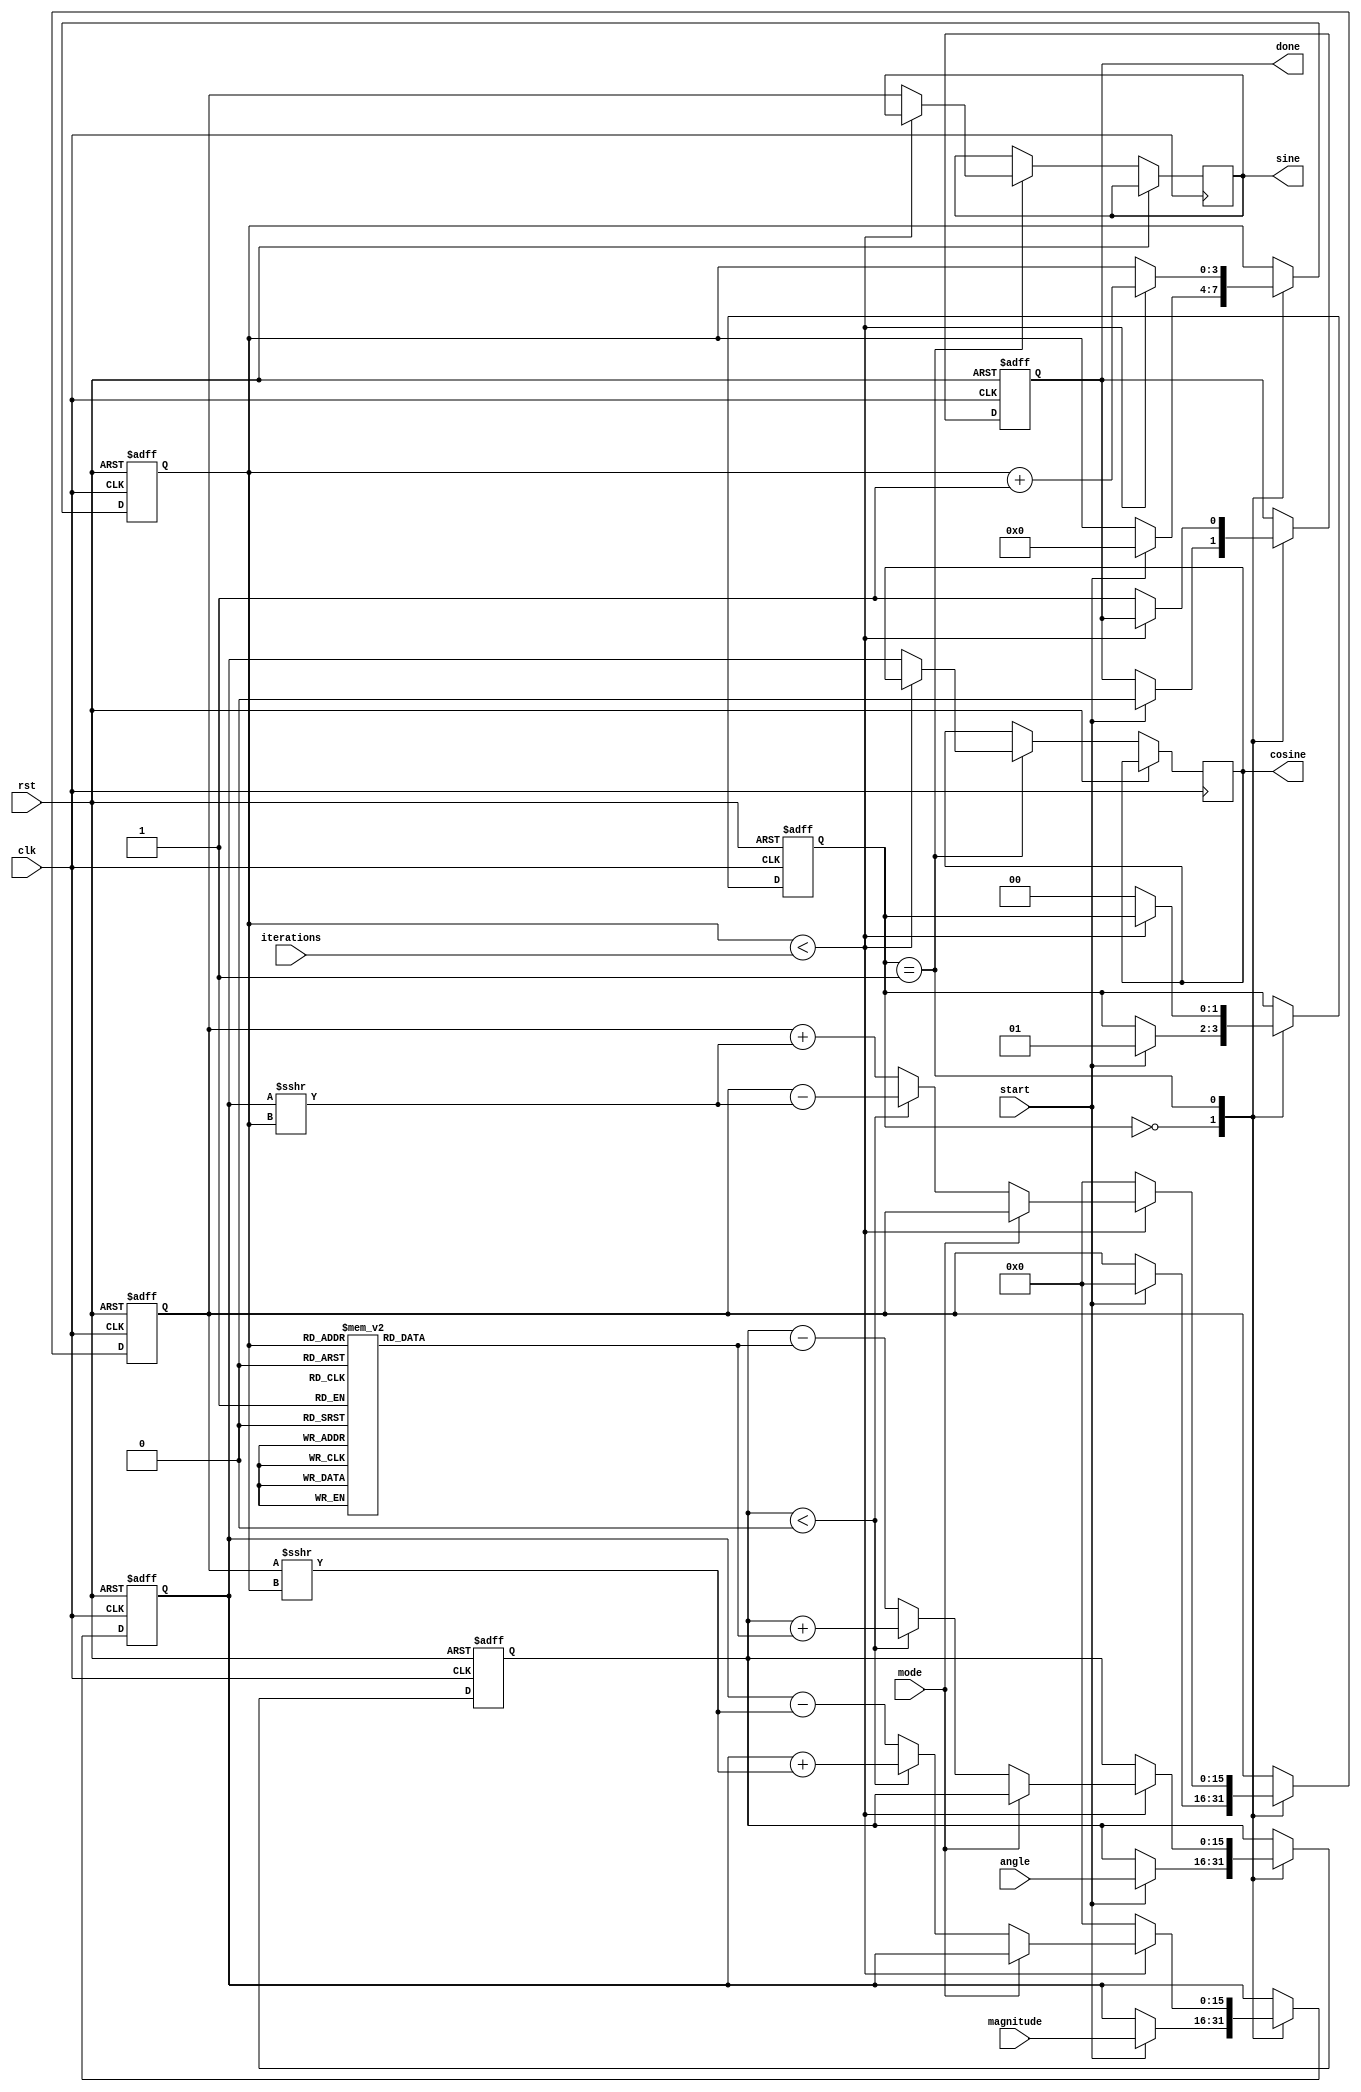
module adaptive_cordic (
    input wire clk,
    input wire rst,
    input wire [15:0] angle,          // Input angle in radians (fixed-point representation)
    input wire [15:0] magnitude,       // Input magnitude (fixed-point representation)
    input wire start,                  // Start signal for computation
    input wire [3:0] iterations,       // Number of iterations (for adaptive precision)
    input wire mode,                   // Mode: 0 for rotation, 1 for vectoring
    output reg [15:0] sine,            // Output sine value
    output reg [15:0] cosine,          // Output cosine value
    output reg done                    // Done signal
);

    reg [15:0] x, y, z;                // Variables for CORDIC computations
    reg [3:0] count;                   // Iteration counter
    reg [15:0] arctan [0:15];          // Pre-calculated arctangent values for CORDIC
    reg [15:0] scaling_factor;         // Scaling factor
    reg [1:0] state;                   // State for the finite state machine

    // Initialize arctangent values (in fixed-point)
    initial begin
        arctan[0] = 16'h2000; // atan(1) = 45 degrees in fixed-point
        arctan[1] = 16'h1000; // atan(0.5) = 26.565 degrees in fixed-point
        arctan[2] = 16'h0800; // atan(0.25) = 14.036 degrees in fixed-point
        // Add more arctan values as needed...
    end

    // Scaling factor (for 16 iterations)
    initial scaling_factor = 16'h1C71; // Approximate scaling factor for 16 iterations

    // Finite State Machine (FSM) for CORDIC operation
    always @(posedge clk or posedge rst) begin
        if (rst) begin
            x <= 16'h0000;
            y <= 16'h0000;
            z <= 16'h0000;
            count <= 0;
            done <= 0;
            state <= 0;
        end else begin
            case (state)
                0: begin // Idle state
                    if (start) begin
                        // Load inputs
                        x <= magnitude;
                        y <= 16'h0000; // Start with y = 0
                        z <= angle;
                        count <= 0;
                        done <= 0;
                        state <= 1; // Move to computation state
                    end
                end
                1: begin // CORDIC computation state
                    if (count < iterations) begin
                        // Perform CORDIC rotation or vectoring
                        if (mode == 0) begin // Rotation mode
                            if (z < 0) begin
                                x <= x + (y >>> count);
                                y <= y - (x >>> count);
                                z <= z + arctan[count];
                            end else begin
                                x <= x - (y >>> count);
                                y <= y + (x >>> count);
                                z <= z - arctan[count];
                            end
                        end else begin // Vectoring mode
                            // Implement vectoring logic if needed
                        end
                        count <= count + 1;
                    end else begin
                        // Final scaling adjustment
                        x <= x * scaling_factor >>> 16;
                        y <= y * scaling_factor >>> 16;
                        sine <= y;
                        cosine <= x;
                        done <= 1;
                        state <= 0; // Go back to idle
                    end
                end
            endcase
        end
    end

endmodule